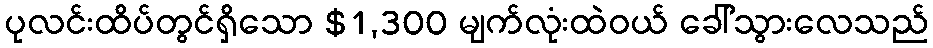
ပုလင်းထိပ်တွင်ရှိသော $1,300 မျက်လုံးထဲဝယ် ခေါ်သွားလေသည်